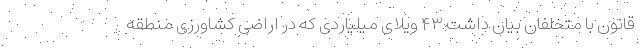
قانون با متخلفان بیان داشت ۴۳ ویلای میلیاردی که در اراضی کشاورزی منطقه